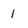
Character: I